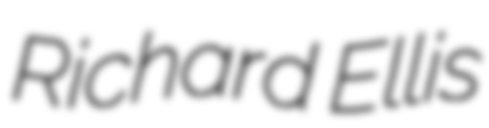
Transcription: Richard Ellis